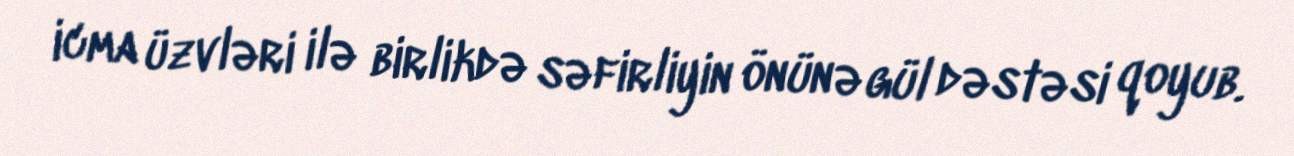
icma üzvləri ilə birlikdə səfirliyin önünə gül dəstəsi qoyub.